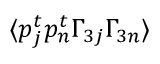
\langle p _ { j } ^ { t } p _ { n } ^ { t } \Gamma _ { 3 j } \Gamma _ { 3 n } \rangle